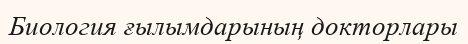
Биология ғылымдарының докторлары